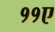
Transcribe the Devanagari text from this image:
११ए